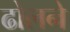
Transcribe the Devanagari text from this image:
ढोलने